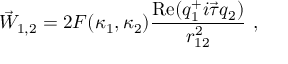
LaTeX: \vec { W } _ { 1 , 2 } = 2 F ( \kappa _ { 1 } , \kappa _ { 2 } ) \frac { \mathrm { R e } ( q _ { 1 } ^ { + } i \vec { \tau } q _ { 2 } ) } { r _ { 1 2 } ^ { 2 } } ~ ,